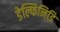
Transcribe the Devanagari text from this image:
डेल्फिनिडि